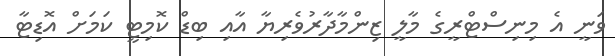
ވަނީ އެ މިނިސްޓްރީގެ މާލީ ޒިންމާދާރުވެރިޔާ އާއި ބިޑް ކޮމިޓީ ކަމަށް އޮޑިޓާ